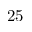
2 5